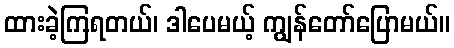
ထားခဲ့ကြရတယ်၊ ဒါပေမယ့် ကျွန်တော်ပြောမယ်။